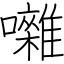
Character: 囃